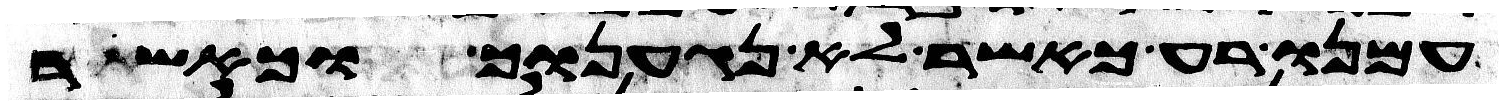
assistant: עמנו רע כאשר לא נגענוך וכאשר